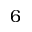
6